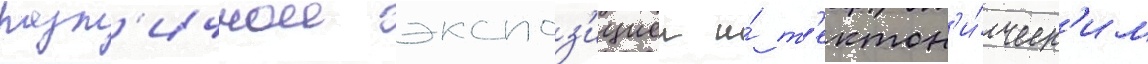
разл'ичнои экспоз'ициеи и́ т'ектон'и́ческ'им